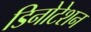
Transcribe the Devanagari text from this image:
डिनोटेशन